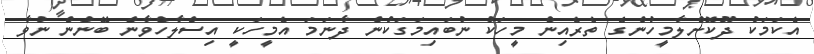
އެކަމަކު ދޫކޮށްލާމީހުންގެ ތެރެއިން މީހަކު ނުބައިމަގަކުން ދާނަމަ އެމީހަކީ އިސްލާހްވާން ބޭނުން ނުވާ